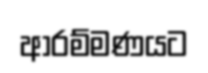
ආරම්මණයට